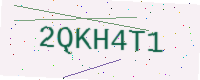
Text: 2QKH4T1